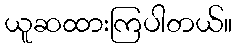
ယူဆထားကြပါတယ်။